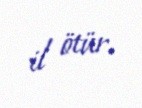
il ötür.